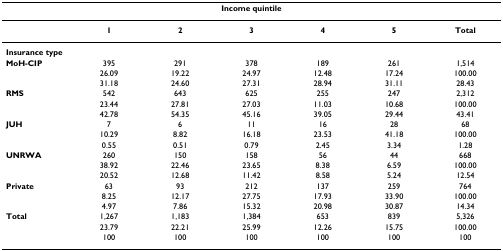
| <COLSPAN=7> Income quintile |
 | --- | --- | --- | --- | --- | --- | --- |
 |  | 1 | 2 | 3 | 4 | 5 | Total |
 | Insurance type |  |  |  |  |  |  |
 | MoH-CIP | 395 | 291 | 378 | 189 | 261 | 1,514 |
 |  | 26.09 | 19.22 | 24.97 | 12.48 | 17.24 | 100.00 |
 |  | 31.18 | 24.60 | 27.31 | 28.94 | 31.11 | 28.43 |
 | RMS | 542 | 643 | 625 | 255 | 247 | 2,312 |
 |  | 23.44 | 27.81 | 27.03 | 11.03 | 10.68 | 100.00 |
 |  | 42.78 | 54.35 | 45.16 | 39.05 | 29.44 | 43.41 |
 | JUH | 7 | 6 | 11 | 16 | 28 | 68 |
 |  | 10.29 | 8.82 | 16.18 | 23.53 | 41.18 | 100.00 |
 |  | 0.55 | 0.51 | 0.79 | 2.45 | 3.34 | 1.28 |
 | UNRWA | 260 | 150 | 158 | 56 | 44 | 668 |
 |  | 38.92 | 22.46 | 23.65 | 8.38 | 6.59 | 100.00 |
 |  | 20.52 | 12.68 | 11.42 | 8.58 | 5.24 | 12.54 |
 | Private | 63 | 93 | 212 | 137 | 259 | 764 |
 |  | 8.25 | 12.17 | 27.75 | 17.93 | 33.90 | 100.00 |
 |  | 4.97 | 7.86 | 15.32 | 20.98 | 30.87 | 14.34 |
 | Total | 1,267 | 1,183 | 1,384 | 653 | 839 | 5,326 |
 |  | 23.79 | 22.21 | 25.99 | 12.26 | 15.75 | 100.00 |
 |  | 100 | 100 | 100 | 100 | 100 | 100 |